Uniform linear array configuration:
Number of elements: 24
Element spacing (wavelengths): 0.25
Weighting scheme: exponential
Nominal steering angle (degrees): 45
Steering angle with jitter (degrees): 45.026
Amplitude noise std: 0.05
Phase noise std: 0.05

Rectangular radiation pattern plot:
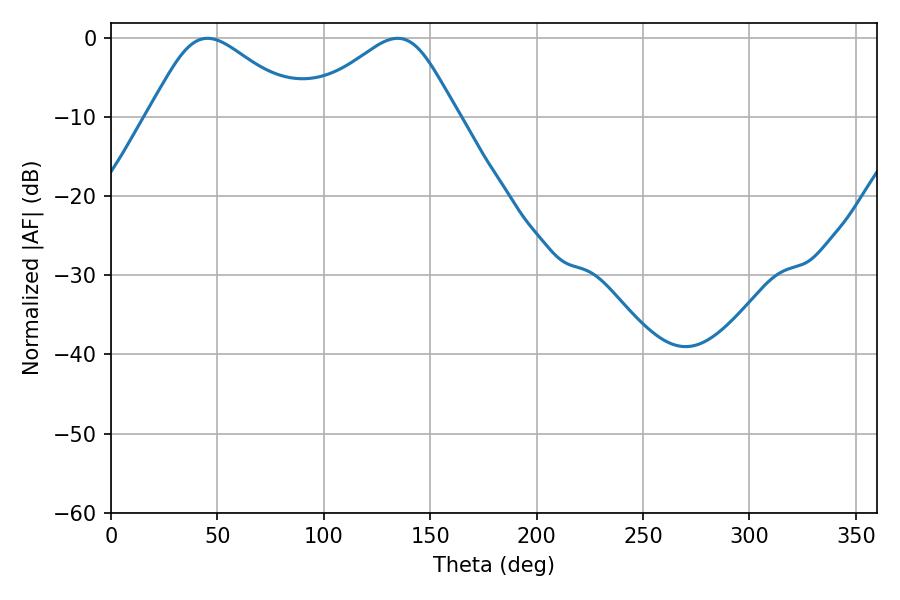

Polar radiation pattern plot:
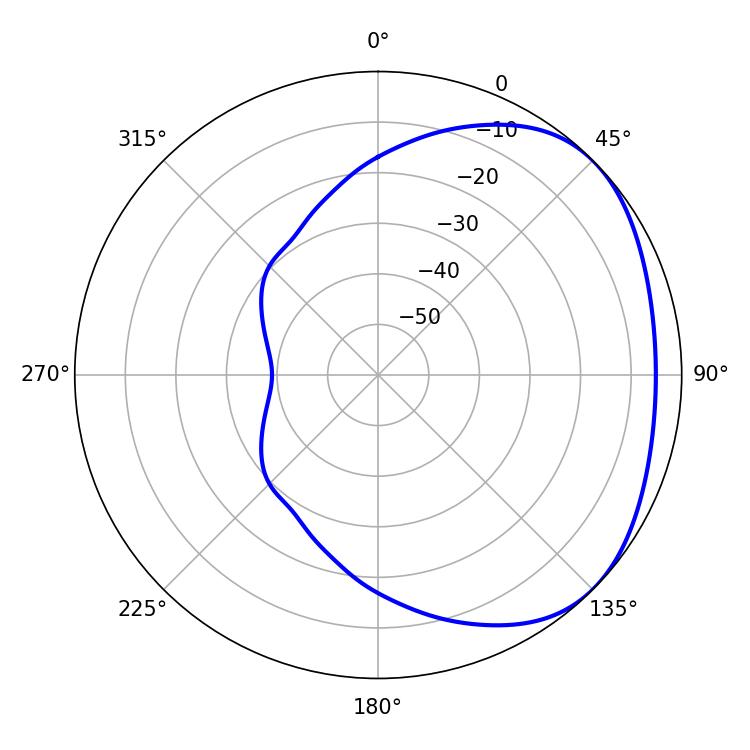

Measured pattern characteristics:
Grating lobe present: FALSE
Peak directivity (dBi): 2.677
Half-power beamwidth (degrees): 36.18
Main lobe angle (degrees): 45.36